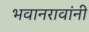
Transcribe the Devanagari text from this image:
भवानरावांनी